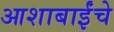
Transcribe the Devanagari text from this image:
आशाबाईंचे